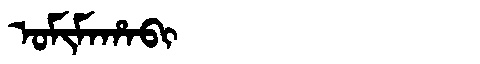
Manchu: ᠣᠮᡳᠮᠠᡥᠠᠪᡳ
Romanization: OMIMAHABI